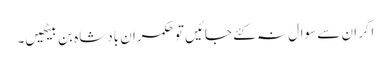
اگر ان سے سوال نہ کئے جائیں تو حکمران بادشاہ بن بیٹھیں۔